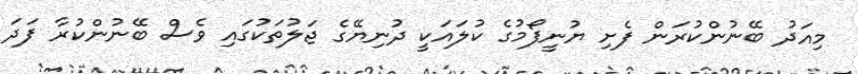
މިއަދު ބޭނުންކުރަން ފެށި ޔުނީފޯމުގެ ކުލައަކީ ދުނިޔޭގެ ޖަލުތަކުގައި ވެސް ބޭނުންކުރާ ފަދަ